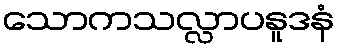
သောကသလ္လာပနူဒနံ